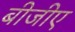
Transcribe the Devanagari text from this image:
बीजीए